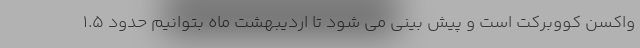
واکسن کووبرکت است و پیش بینی می شود تا اردیبهشت ماه بتوانیم حدود ۱.۵